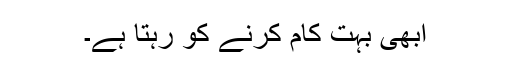
ابھی بہت کام کرنے کو رہتا ہے۔